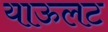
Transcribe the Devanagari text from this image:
याऊलट